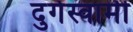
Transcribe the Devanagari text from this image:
दुर्गस्वामी